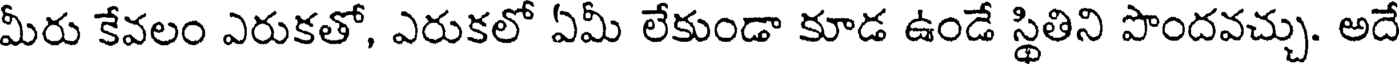
మీరు కేవలం ఎరుకతో, ఎరుకలో ఏమీ లేకుండా కూడ ఉండే స్థితిని పొందవచ్చు. అదే